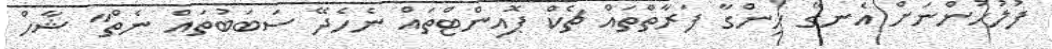
ފުލުހުންނަށް އެނގޭ ހިންގާ ފަރާތްތައް ޗެކް ޕޮއިންޓްތައް ނެހެދޭ ސަބަބުތައް ނެތް" ޝާހް